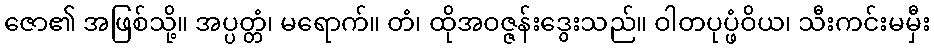
ဇော၏ အဖြစ်သို့။ အပ္ပတ္တံ၊ မရောက်။ တံ၊ ထိုအဝဇ္ဇန်းဒွေးသည်။ ဝါတပုပ္ဖံဝိယ၊ သီးကင်းမမှီး